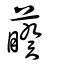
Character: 藈